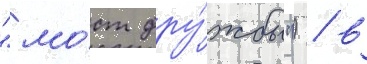
"мо́ст дру́жбы") / в